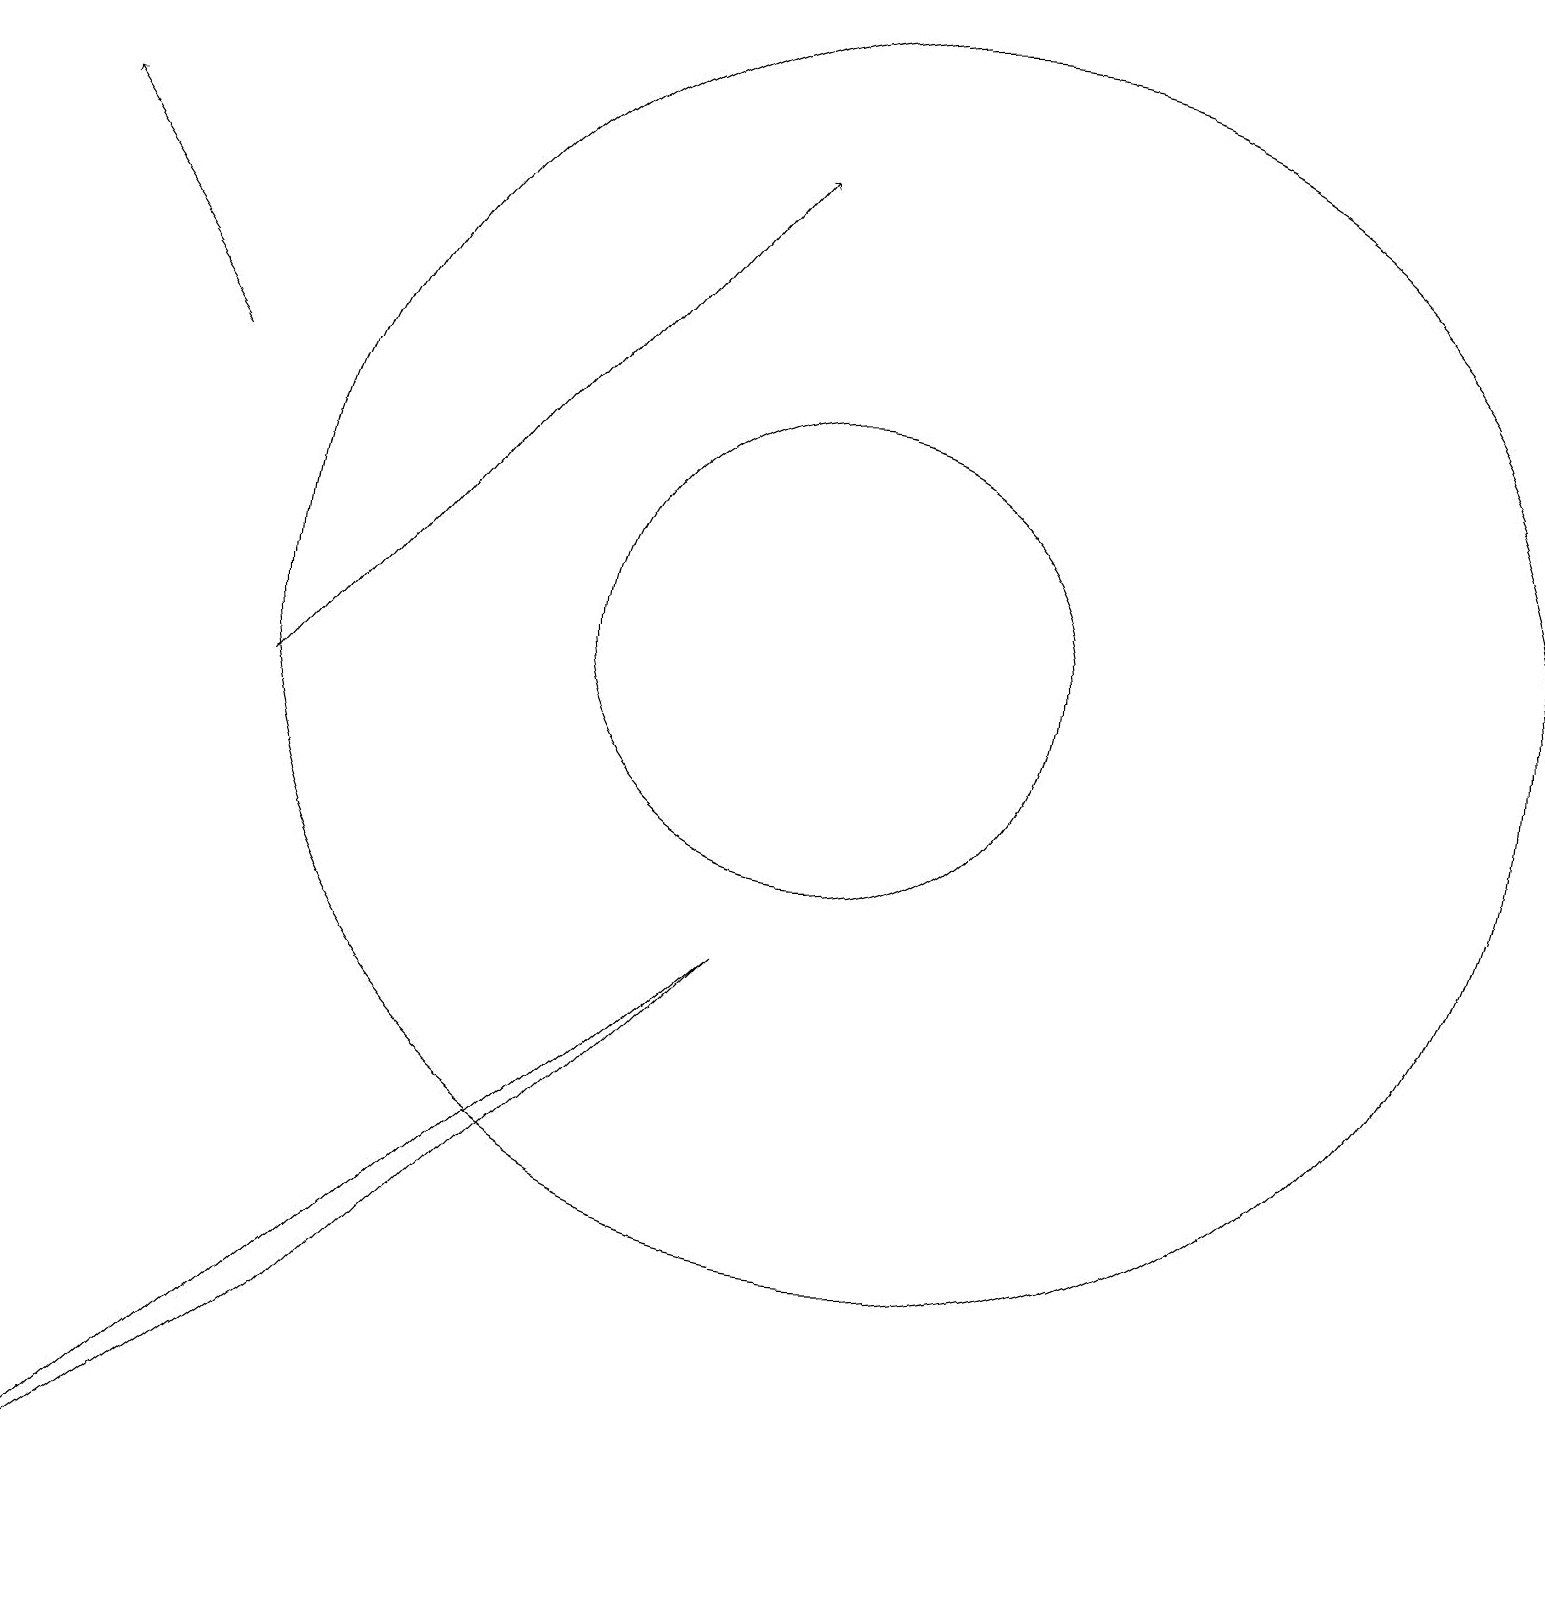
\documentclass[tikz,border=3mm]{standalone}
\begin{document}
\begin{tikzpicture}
\draw (9,8) -- (0,0) -- (4,3) -- cycle;
\draw (11,12) circle (8);
\draw (10,12) circle (3);
\draw[->] (3,11) -- (9,18);
\draw[->] (2,15) -- (0,18);
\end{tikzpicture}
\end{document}